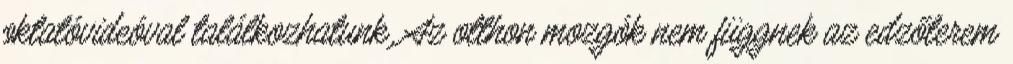
oktatóvideóval találkozhatunk. Az otthon mozgók nem függnek az edzőterem